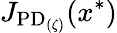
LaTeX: J_{\mathrm{PD}_{(\zeta)}}(x^{*})